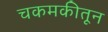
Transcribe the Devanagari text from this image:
चकमकीतून